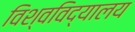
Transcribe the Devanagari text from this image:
विश्‍वविद्यालय